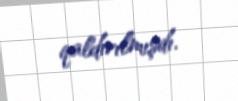
qaldırılmışdı.